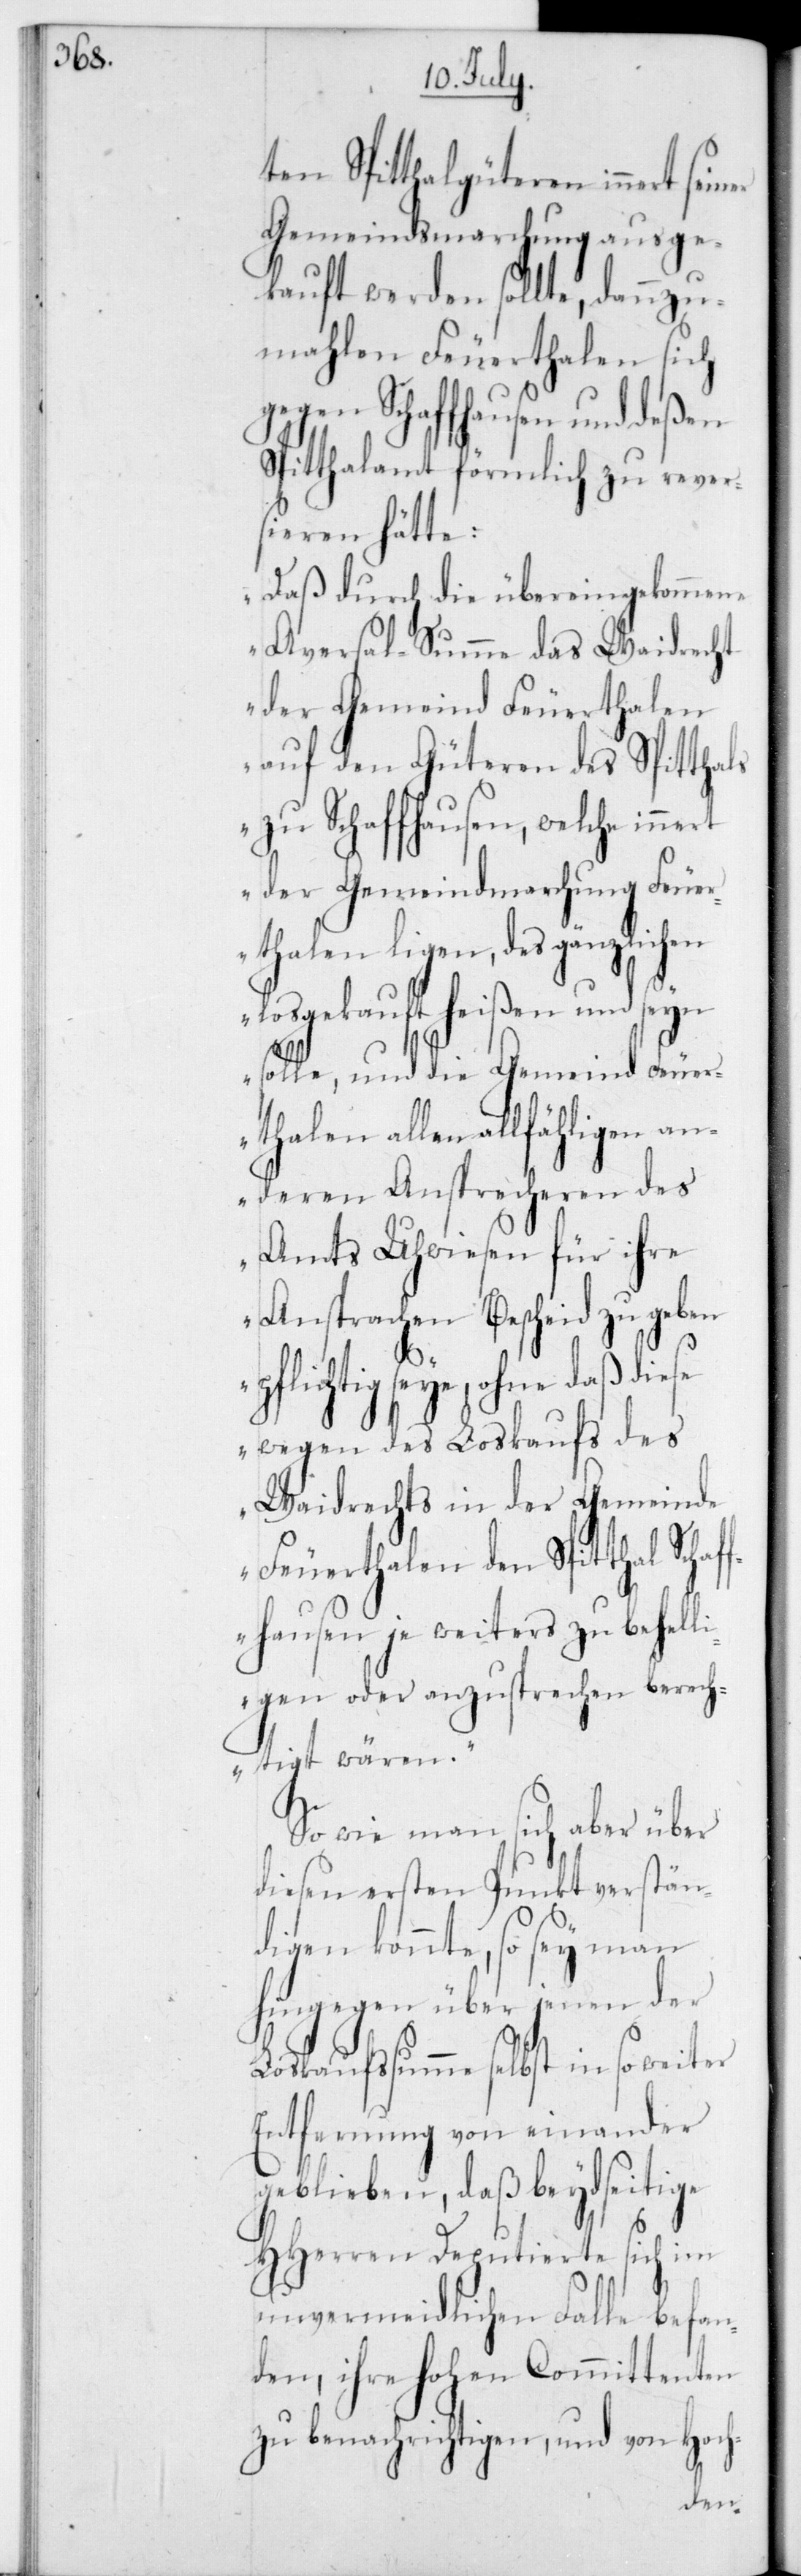
ten Spitthalgüteren innert
Gemeindsmarchung ausge¬
kauft werden sollte, dannzu¬
mahlen Feuerthalen sich
gegen Schaffhausen und deßen
Spitthalamt förmlich zu rever¬
sieren hätte:
„Daß durch die übereingekommene
Aversal-Summe das Waidrecht
der Gemeind Feuerthalen
auf den Güteren des Spitthals
zu Schaffhausen, welche innert
der Gemeindmarchung Feuer¬
thalen ligen, des gänzlichen
losgekauft heißen und seyn
solle, und die Gemeind Feue¬
rthalen allen allfähligen
anderen Ansprecheren des
Amts Uhwiesen für ihre
Ansprachen Bescheid zu geben
pflichtig seye, ohne daß
wegen des Loskaufs des
Waidrechts in der Gemeinde
Feuerthalen den Spitthal Schaf¬
fhausen je weiters zu behel¬
ligen oder anzusprechen berech¬
tiget wären“.
So wie man sich aber über
diesen ersten Punkt verstän¬
digen konnte, so sey man
hingegen über jenen der
Loskaufssumme selbst in so
Entfernung von einander
geblieben, daß beydseitige
HHerren Deputierte sich im
unvermeidlichen Falle befan¬
den, ihre Hohen Committenten
zu benachrichtigen, und von Hoch-